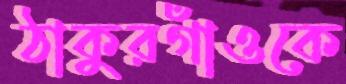
ঠাকুরগাঁওকে